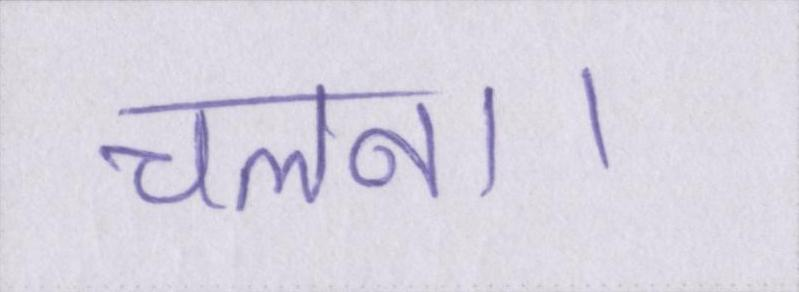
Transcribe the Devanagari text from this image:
चलना।